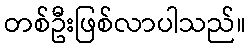
တစ်ဦးဖြစ်လာပါသည်။